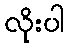
လိုးပါ